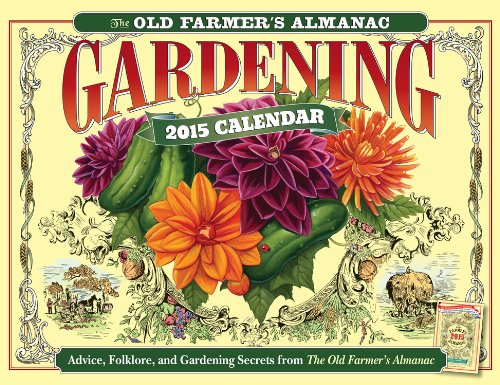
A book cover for The Old Farmer's Almanac 2015 Gardening Calendar; Old FarmerEEs Almanac; Calendars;